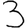
Digit: 3